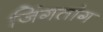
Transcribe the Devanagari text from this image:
जिंगतांग